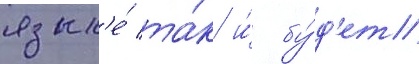
язык'е́ та́к и́ бу́д'ет